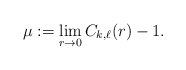
\begin{align*}\mu := \lim_{r \to 0} C_{k,\ell}(r)-1.\end{align*}